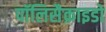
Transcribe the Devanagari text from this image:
पॉलिसैक्राइडो